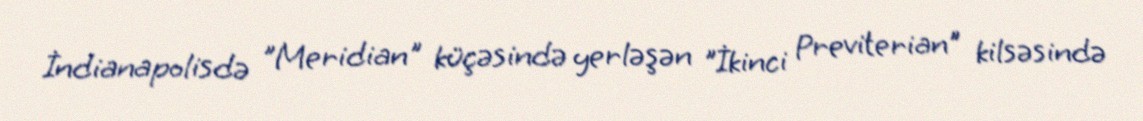
İndianapolisdə "Meridian" küçəsində yerləşən "İkinci Previterian" kilsəsində